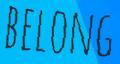
BELONG